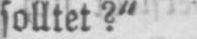
solltet?“